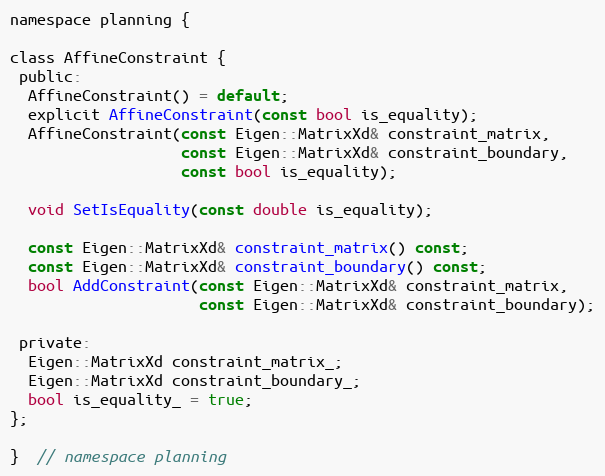
Language: C
namespace planning {

class AffineConstraint {
 public:
  AffineConstraint() = default;
  explicit AffineConstraint(const bool is_equality);
  AffineConstraint(const Eigen::MatrixXd& constraint_matrix,
                   const Eigen::MatrixXd& constraint_boundary,
                   const bool is_equality);

  void SetIsEquality(const double is_equality);

  const Eigen::MatrixXd& constraint_matrix() const;
  const Eigen::MatrixXd& constraint_boundary() const;
  bool AddConstraint(const Eigen::MatrixXd& constraint_matrix,
                     const Eigen::MatrixXd& constraint_boundary);

 private:
  Eigen::MatrixXd constraint_matrix_;
  Eigen::MatrixXd constraint_boundary_;
  bool is_equality_ = true;
};

}  // namespace planning